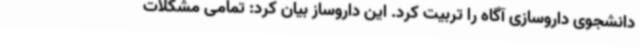
دانشجوی داروسازی آگاه را تربیت کرد. این داروساز بیان کرد: تمامی مشکلات